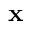
\mathbf { x }